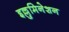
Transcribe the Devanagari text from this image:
इल्लुमिनेशन